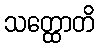
သတ္ထောတိ